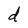
Character: d